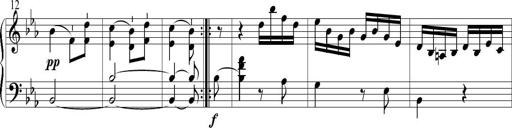
Title: 6 Leichte Sonatinen, Teil 1
Composer: F. Sigismund Sander